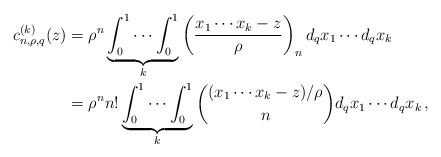
\begin{align*} c_{n,\rho,q}^{(k)}(z)&=\rho^n\underbrace{\int_0^1\cdots\int_0^1}_k\left(\frac{x_1\cdots x_k-z}{\rho}\right)_n d_q x_1\cdots d_q x_k\\&=\rho^n n!\underbrace{\int_0^1\cdots\int_0^1}_k\binom{(x_1\cdots x_k-z)/\rho}{n}d_q x_1\cdots d_q x_k\,, \end{align*}